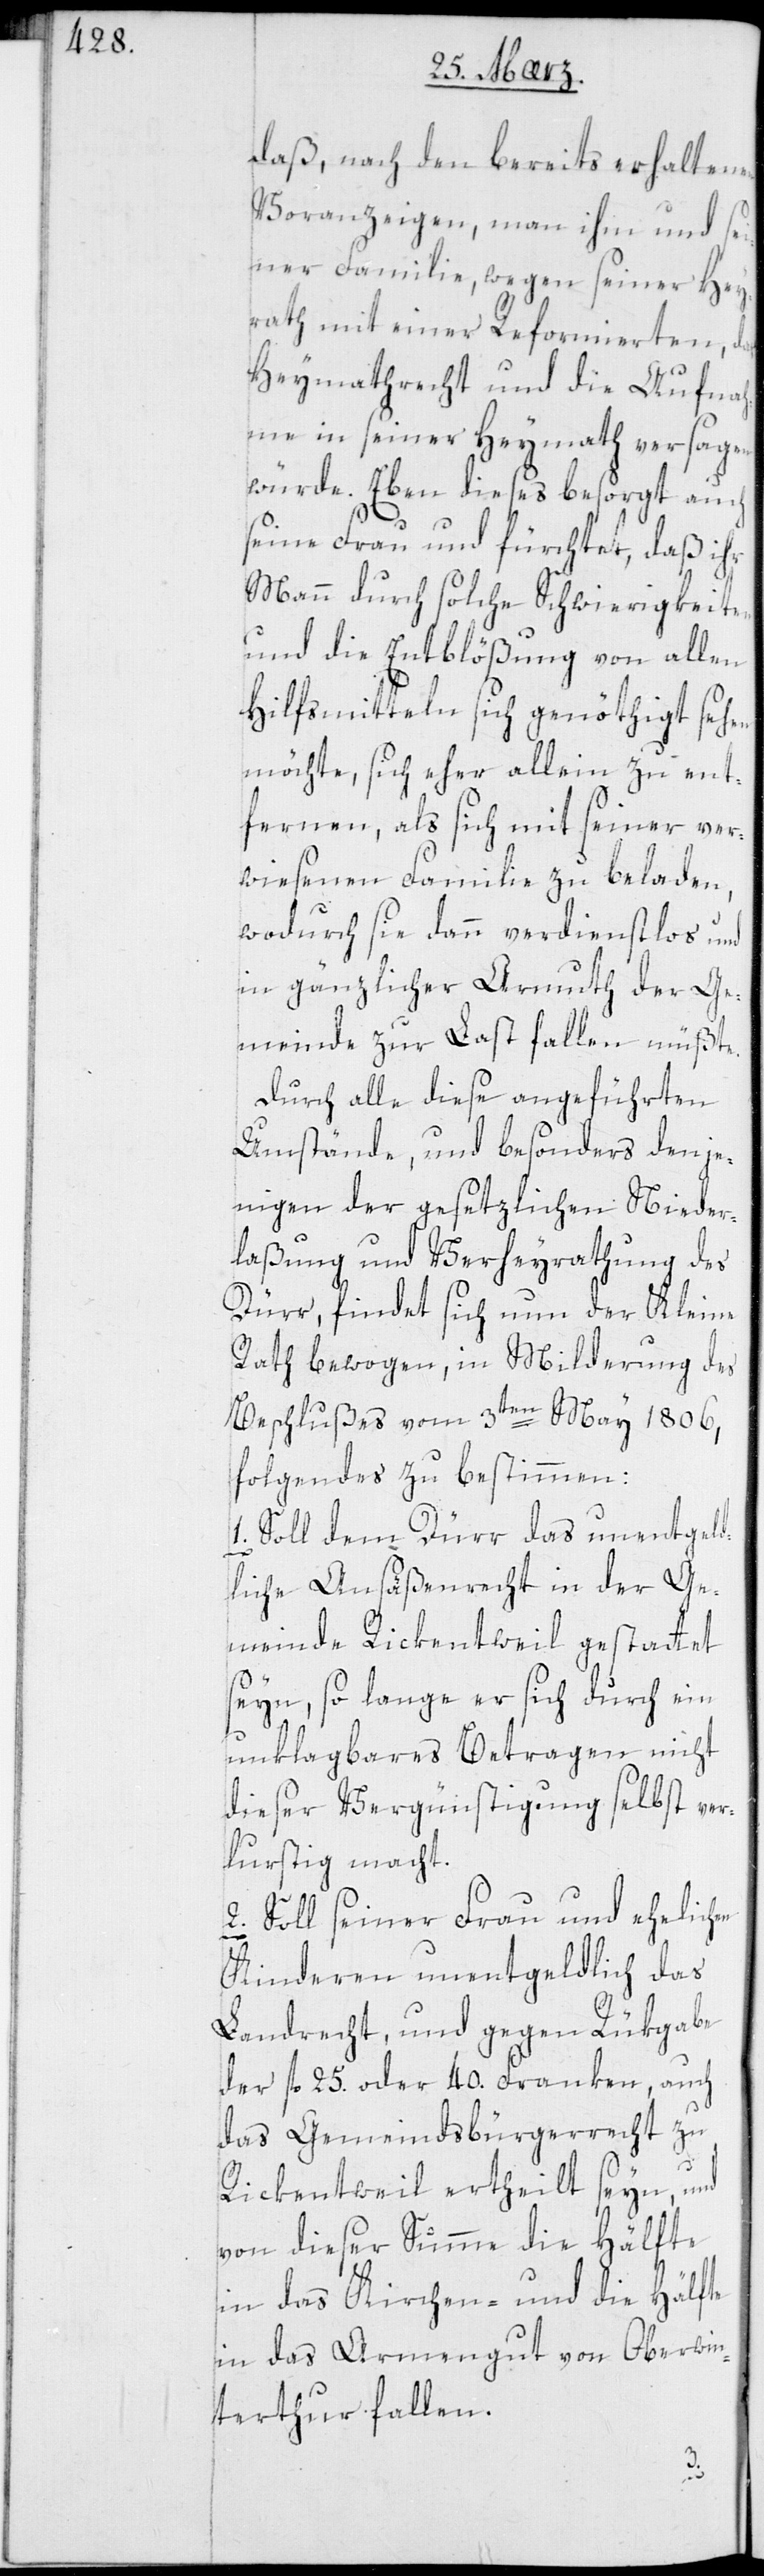
daß, nach den bereits erhaltenen
Voranzeigen, man ihm und sei¬
ner Familie, wegen seiner Hey¬
rath mit einer Reformierten,
Heymathrecht und die Aufnah¬
me in seiner Heymath versagen
würde. Eben dieses besorgt auch
seine Frau und fürchtet, daß ihr
Mann durch solche Schwierigkeiten
und die Entblößung von allen
Hilfsmitteln sich genöthigt sehen
möchte, sich eher allein zu ent¬
fernen, als sich mit seiner ver¬
wiesenen Familie zu beladen,
wodurch sie dann verdienstlos und
in gänzlicher Armuth der Ge¬
meinde zur Last fallen müßte.
Durch alle diese angeführten
Umstände, und besonders denje¬
nigen der gesetzlichen Nieder¬
laßung und Verheyrathung des
Dürr, findet sich nun der Kleine
Rath bewogen, in Milderung des
Beschlußes vom 3ten May 1806,
folgendes zu bestimmen:
1. Soll dem Dürr das unentgeld¬
liche Ansäßenrecht in der Ge¬
meinde Rickentweil gestattet
seyn, so lange er sich durch ein
unklagbares Betragen nicht
dieser Vergünstigung selbst ver¬
lustig macht.
2. Soll seiner Frau und ehelichen
Kinderen unentgeldlich das
Landrecht, und gegen Rükgabe
der fl. 25 oder 40. Franken, auch
das Gemeindsbürgerrecht zu
Rickentweil ertheilt seyn, und
von dieser Summe die Hälfte
in das Kirchen- und die Hälfte
in das Armengut von Oberwin¬
terthur fallen.